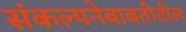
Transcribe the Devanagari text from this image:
संकल्पनेबाबतीतील